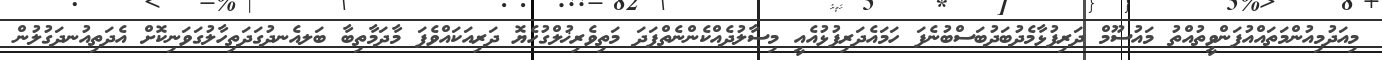
މިއަދުމިއުންމަތައްއުފަންވީތުއްތު މައުސޫމް ދަރިފުޅާމެދުބަދުބަސްބުނެފަ ހަމައެދަރިފުޅުއެއީ މިސާލުދެއްކެންނެތްފަދަ މަތިވެރިޚުލްގުހެޔޮ ދަރިއަކައްވެފަ މާދަމާތިބާ ބަލއެނދުގަދަތިހާލުގަވަނިކޮށް އެދަތިއުނދަގުލުން